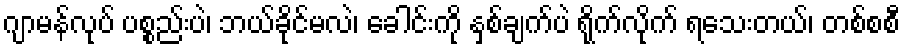
ဂျာမန်လုပ် ပစ္စည်းပဲ၊ ဘယ်ခိုင်မလဲ၊ ခေါင်းကို နှစ်ချက်ပဲ ရိုက်လိုက် ရသေးတယ်၊ တစ်စစီ